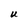
Character: U